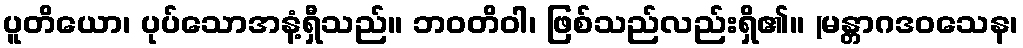
ပူတိယော၊ ပုပ်သောအနံ့ရှီသည်။ ဘဝတိဝါ၊ ဖြစ်သည်လည်းရှိ၏။ (မန္တာဂဒဝသေန၊